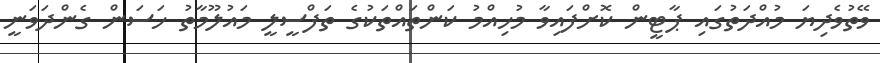
ވޭތުވެދިޔަ މުއްދަތުގައި ޕާޓީން ކޮށްފައިވާ މުހިއްމު ކަންތައްތަކުގެ ތަފްސީލީ މައުލޫމާތު ހަސަން ގެންދަވަނީ